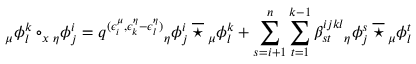
{ _ { \mu } \phi _ { l } ^ { k } } \circ _ { x } { _ { \eta } \phi _ { j } ^ { i } } = q ^ { ( \epsilon _ { i } ^ { \mu } , \epsilon _ { k } ^ { \eta } - \epsilon _ { l } ^ { \eta } ) } { _ { \eta } \phi _ { j } ^ { i } } \: \overline { { \star } } \: { _ { \mu } \phi _ { l } ^ { k } } + \sum _ { s = i + 1 } ^ { n } \sum _ { t = 1 } ^ { k - 1 } \beta _ { s t } ^ { i j k l } { _ { \eta } \phi _ { j } ^ { s } } \: \overline { { \star } } \: { _ { \mu } \phi _ { l } ^ { t } }